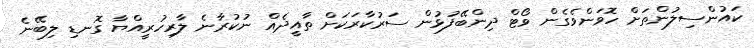
ކައުންސިލުންތަށް ހޮވަންވެގެން ވޯޓް ދިންބޭފުޅުން ސަރުކާރަކަށް ތާއީދެއް ނުކުރާނެ ލާރިހުރީއްޔާ ގޮނޑި ލިބޭނެ